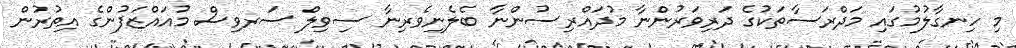
މި ހިނގާލުމުގައި މަދްރަސާތަކުގެ ދަރިވަރުންނާ މުދައްރިސުންނާ ބެލެނިވެރިނާ ސިވިލް ސަރވިސް މުއައްޒަފުންގެ އިތުރުން